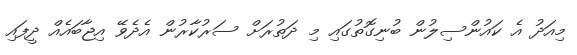
މިއަދު އެ ކައުންސިލުން ބުނިގޮތުގައި މި ދަތުރަށް ސަރުކާރުން އެދެވޭ އިޖާބައެއް ދީފައި